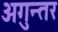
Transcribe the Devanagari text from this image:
अगुन्तर